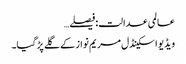
عالمی عدالت:فیصلے…
ویڈیو اسکینڈل مریم نواز کے گلے پڑ گیا۔